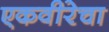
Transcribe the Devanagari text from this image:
एकवीरेचा